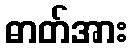
ဓာတ်အား